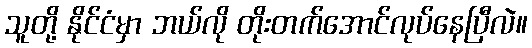
သူတို့ နိုင်ငံမှာ ဘယ်လို တိုးတက်အောင်လုပ်နေပြီလဲ။